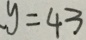
y = 4 3